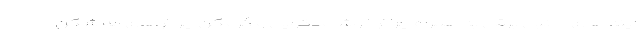
آینه های جانبی برقی به همراه چراغ خوشامدگویی و گرمکن چراغ های مه شکن